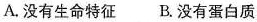
A.没有生命特征 B.没有蛋白质